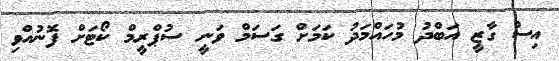
އިސް ގާޒީ އަބްދު މުހައްމަދު ކަމަށް ގަސަމް ވަނީ ސުޕްރީމް ކޯޓަށް ފޮނުއްވި